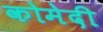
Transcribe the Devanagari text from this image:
कोमेदी